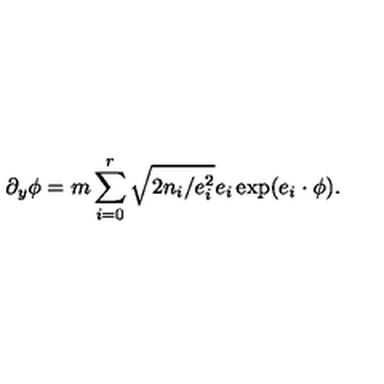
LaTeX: \partial _ { y } \phi = m \sum _ { i = 0 } ^ { r } \sqrt { 2 n _ { i } / e _ { i } ^ { 2 } } e _ { i } \exp ( e _ { i } \cdot \phi ) .